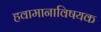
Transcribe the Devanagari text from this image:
हवामानाविषयक